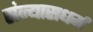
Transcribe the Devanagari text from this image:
संन्यासधर्म